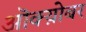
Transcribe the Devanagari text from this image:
ऒक्य़ोबर